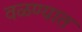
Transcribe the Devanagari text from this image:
वळण्यात